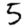
Digit: 5